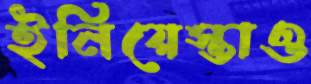
ইনিয়েস্তাও